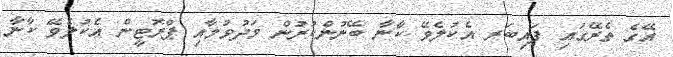
އޭގެ ތެރޭގައި ފައިބަރ އެކުލެވޭ ކާނާ ބޭނުންކުރުން މަދުވުމާއި ޕްރޮޓީން އެކުލެވޭ ކާނާ